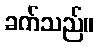
ခက်သည်။